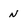
Character: N